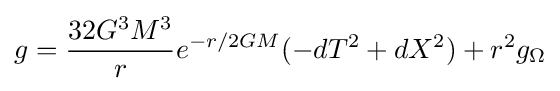
g={\frac {32G^{3}M^{3}}{r}}e^{-r/2GM}(-dT^{2}+dX^{2})+r^{2}g_{\Omega }